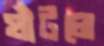
ঘাঁটলে